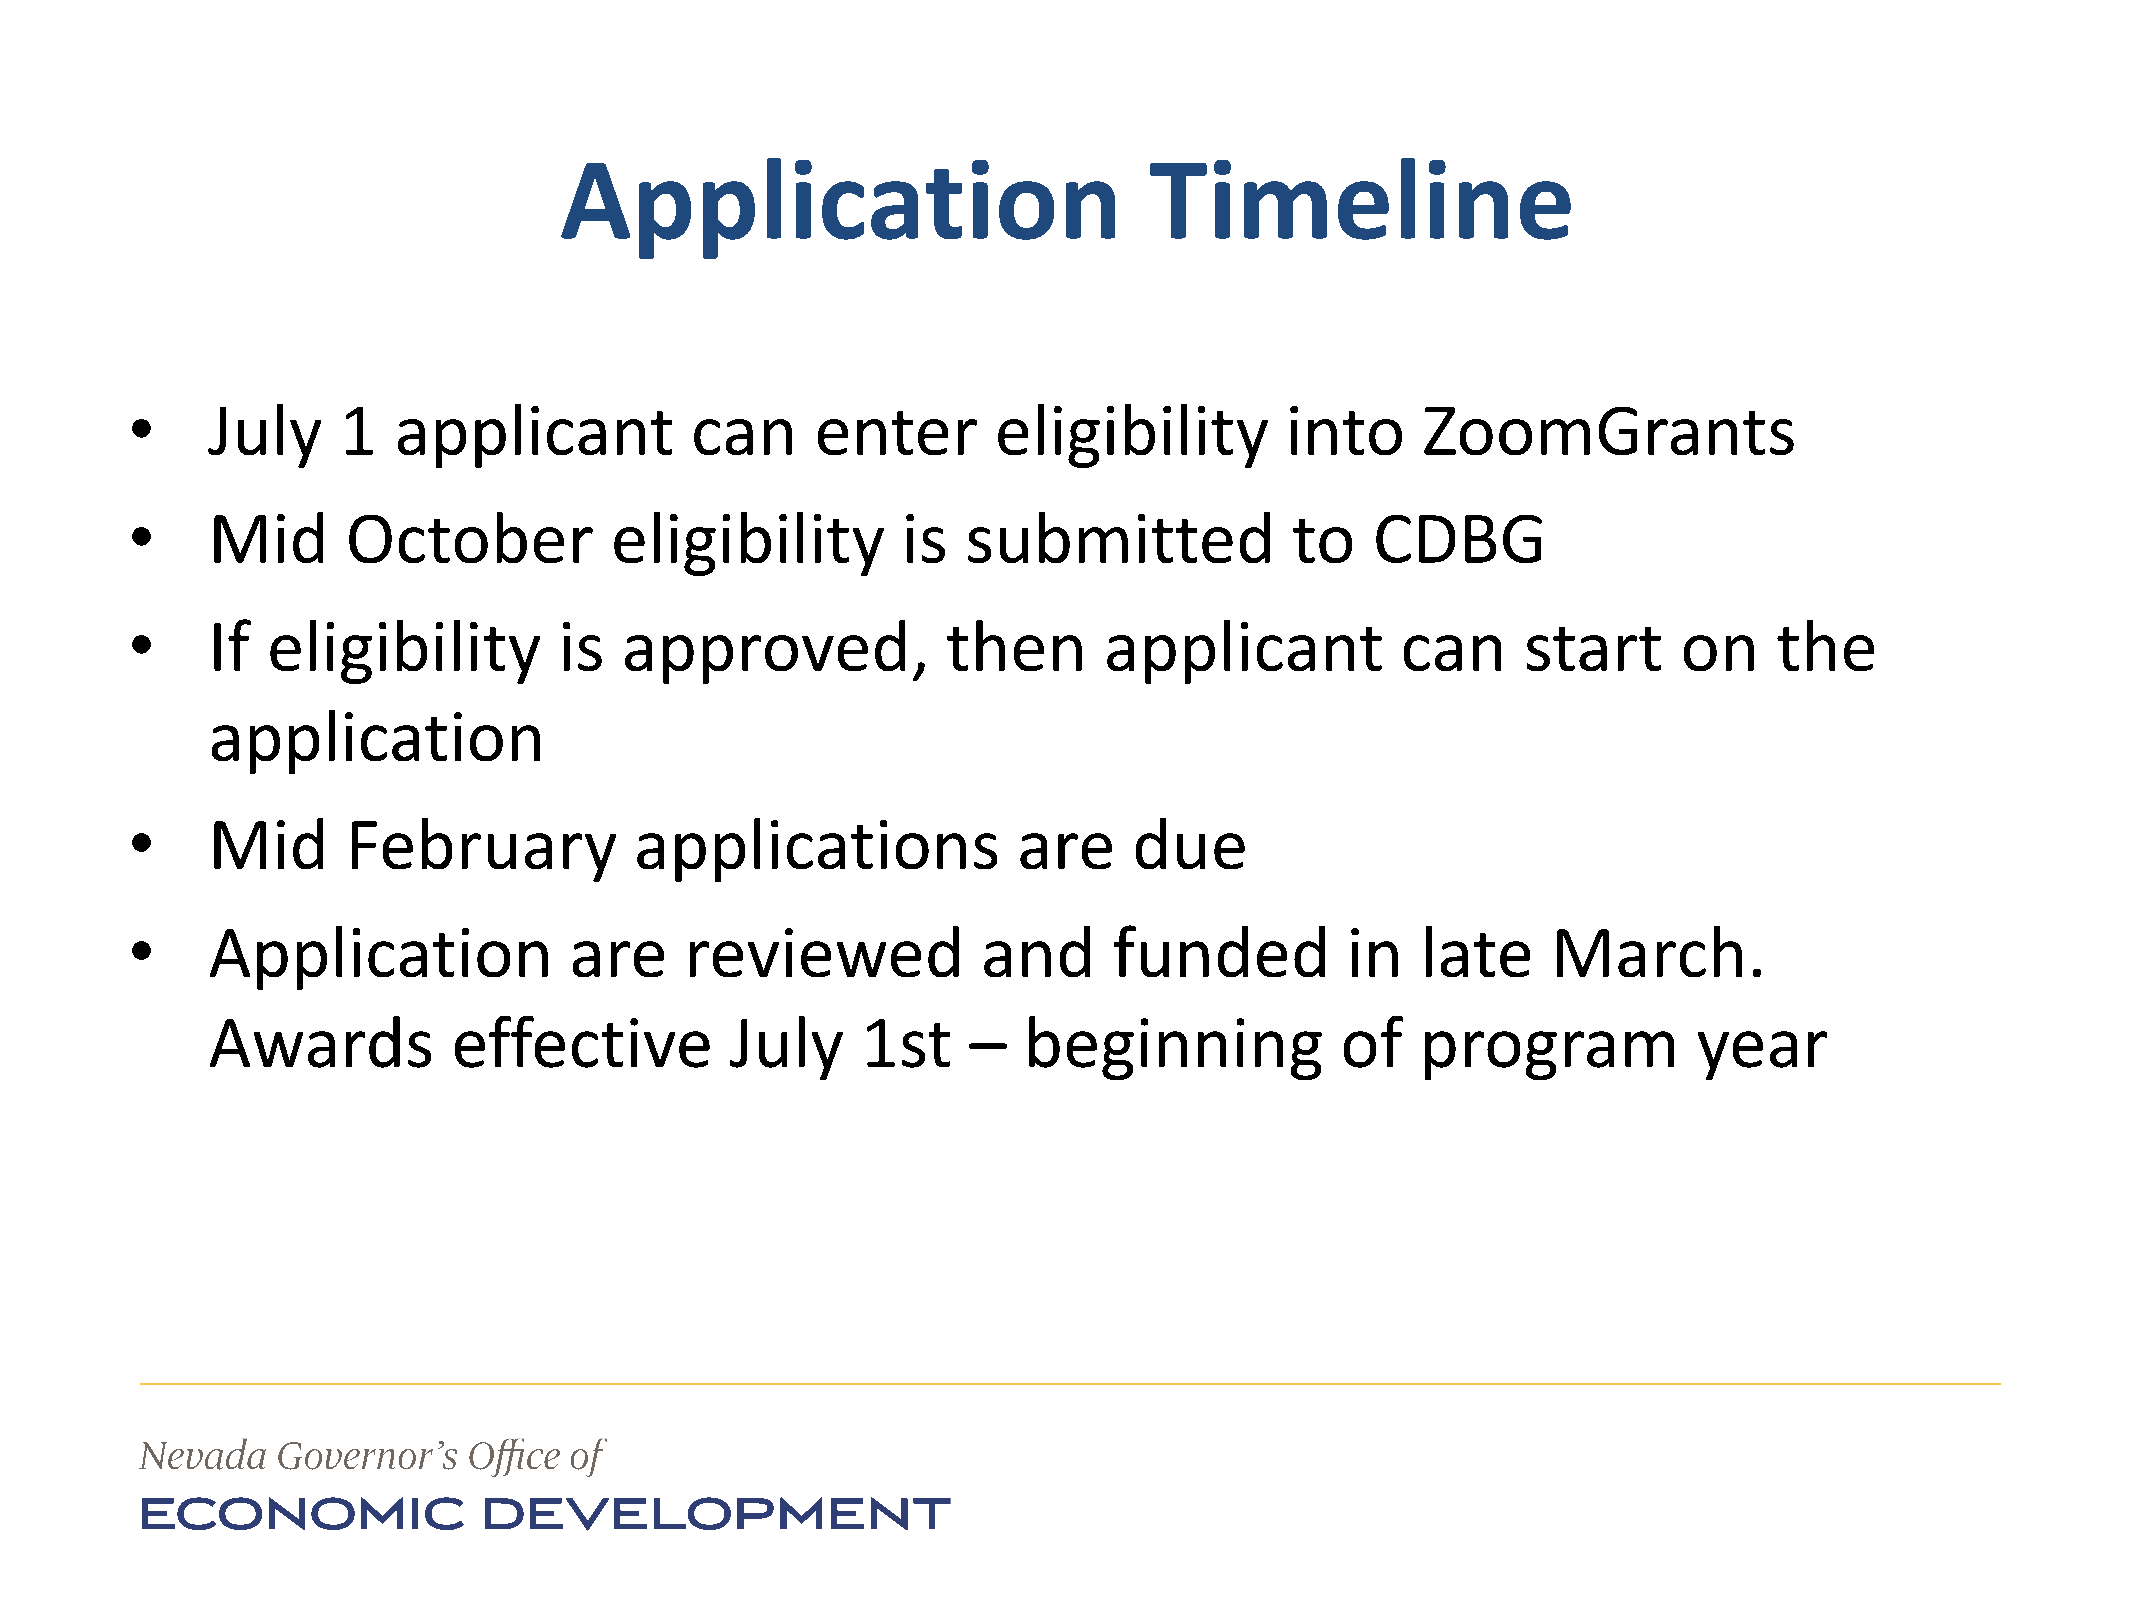
Application                            Timeline
 •     July    1   applicant           can     enter       eligibility        into     ZoomGrants
 •     Mid      October          eligibility         is  submitted             to   CDBG
 •     If  eligibility        is  approved,             then      applicant           can     start     on     the
 application
 •     Mid      February           applications             are     due
 •     Application             are    reviewed            and      funded         in   late     March.
 Awards          effective         July     1st    –   beginning            of   program           year